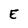
Character: E